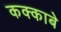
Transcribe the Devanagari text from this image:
कक्‍काबे